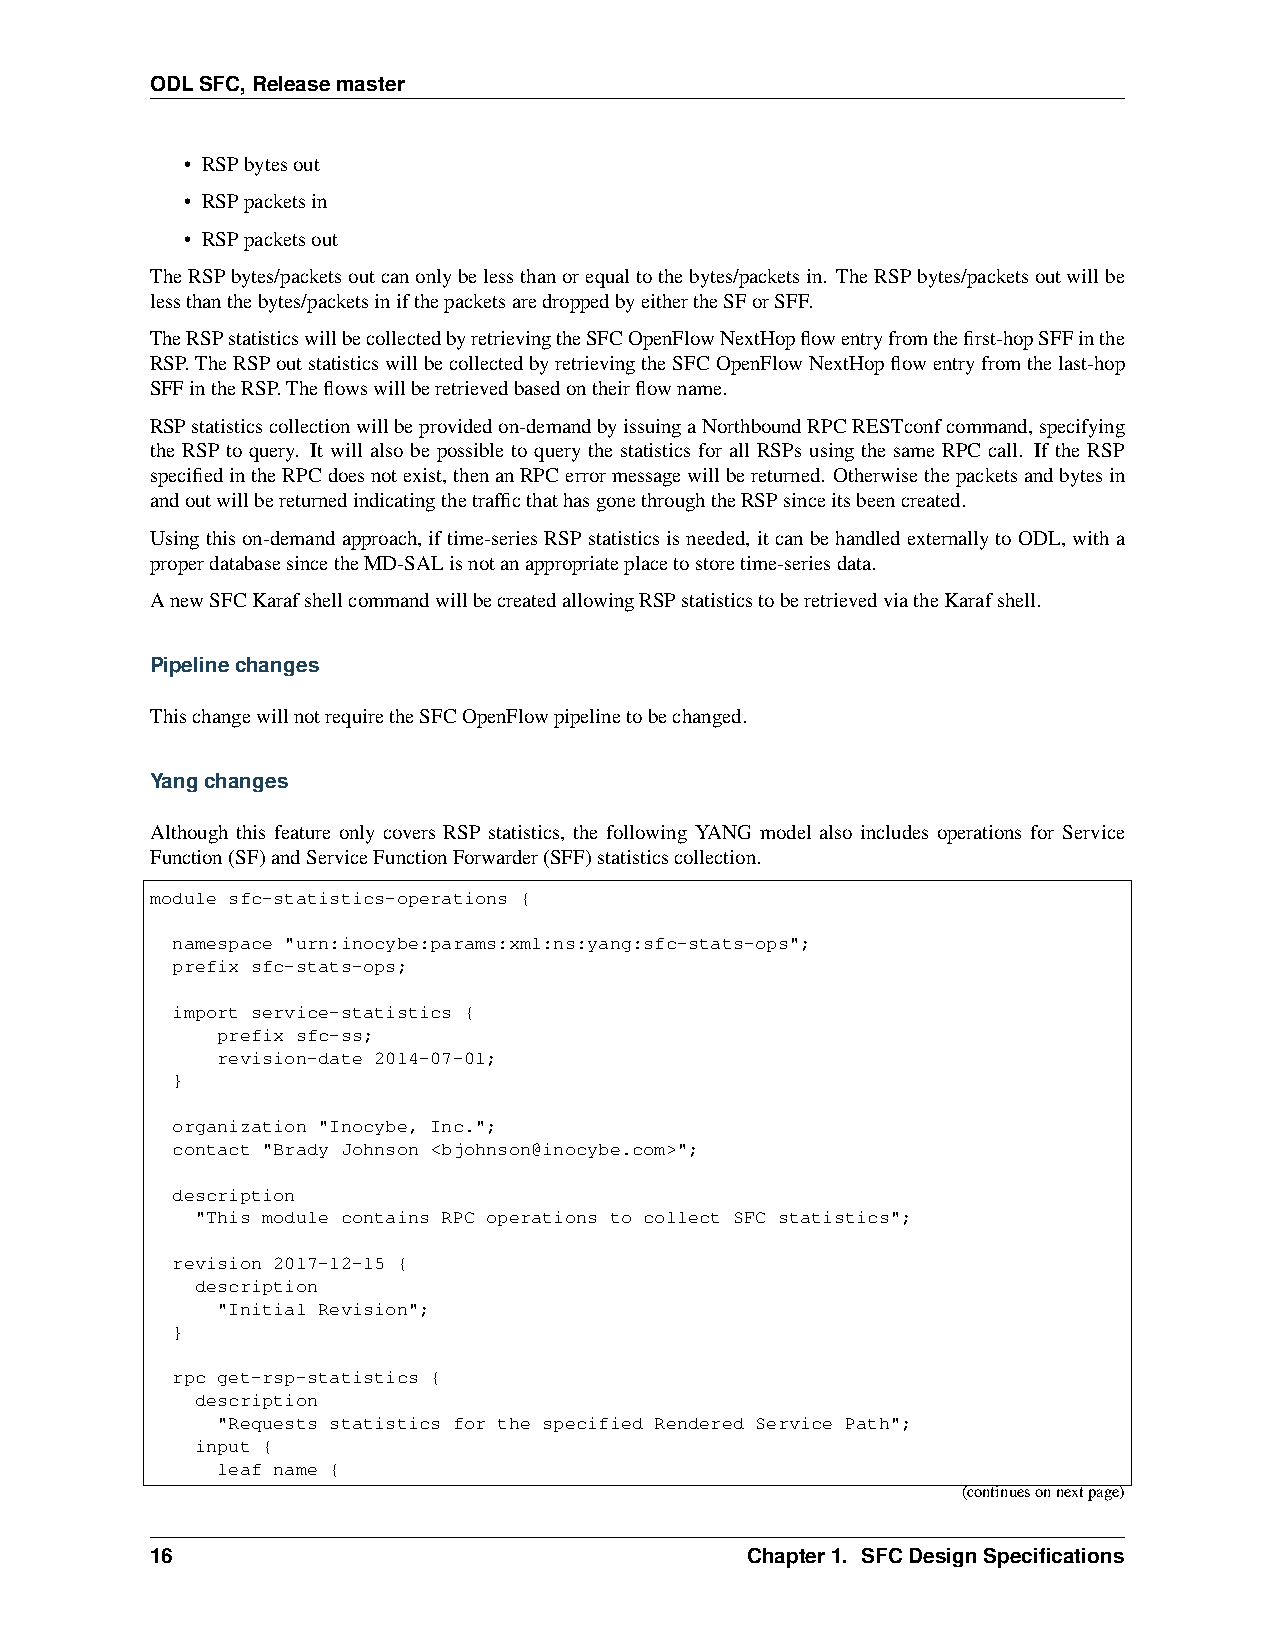
ODLSFC,Releasemaster
 • RSPbytesout
 • RSPpacketsin
 • RSPpacketsout
 TheRSPbytes/packetsoutcanonlybelessthanorequaltothebytes/packetsin. TheRSPbytes/packetsoutwillbe
 lessthanthebytes/packetsinifthepacketsaredroppedbyeithertheSForSFF.
 TheRSPstatisticswillbecollectedbyretrievingtheSFCOpenFlowNextHopflowentryfromthefirst-hopSFFinthe
 RSP.TheRSPoutstatisticswillbecollectedbyretrievingtheSFCOpenFlowNextHopflowentryfromthelast-hop
 SFFintheRSP.Theflowswillberetrievedbasedontheirflowname.
 RSPstatisticscollectionwillbeprovidedon-demandbyissuingaNorthboundRPCRESTconfcommand,specifying
 the RSP to query. It will also be possible to query the statistics for all RSPs using the same RPC call. If the RSP
 specifiedintheRPCdoesnotexist,thenanRPCerrormessagewillbereturned. Otherwisethepacketsandbytesin
 andoutwillbereturnedindicatingthetrafficthathasgonethroughtheRSPsinceitsbeencreated.
 Usingthison-demandapproach, iftime-seriesRSPstatisticsisneeded, itcanbehandledexternallytoODL,witha
 properdatabasesincetheMD-SALisnotanappropriateplacetostoretime-seriesdata.
 AnewSFCKarafshellcommandwillbecreatedallowingRSPstatisticstoberetrievedviatheKarafshell.
 Pipelinechanges
 ThischangewillnotrequiretheSFCOpenFlowpipelinetobechanged.
 Yangchanges
 Although this feature only covers RSP statistics, the following YANG model also includes operations for Service
 Function(SF)andServiceFunctionForwarder(SFF)statisticscollection.
 module sfc-statistics-operations {
 namespace "urn:inocybe:params:xml:ns:yang:sfc-stats-ops";
 prefix sfc-stats-ops;
 import service-statistics {
 prefix sfc-ss;
 revision-date 2014-07-01;
 }
 organization "Inocybe, Inc.";
 contact "Brady Johnson <bjohnson@inocybe.com>";
 description
 "This module contains RPC operations to collect SFC statistics";
 revision 2017-12-15 {
 description
 "Initial Revision";
 }
 rpc get-rsp-statistics {
 description
 "Requests statistics for the specified Rendered Service Path";
 input {
 leaf name {
 (continuesonnextpage)
 16                                     Chapter1. SFCDesignSpecifications